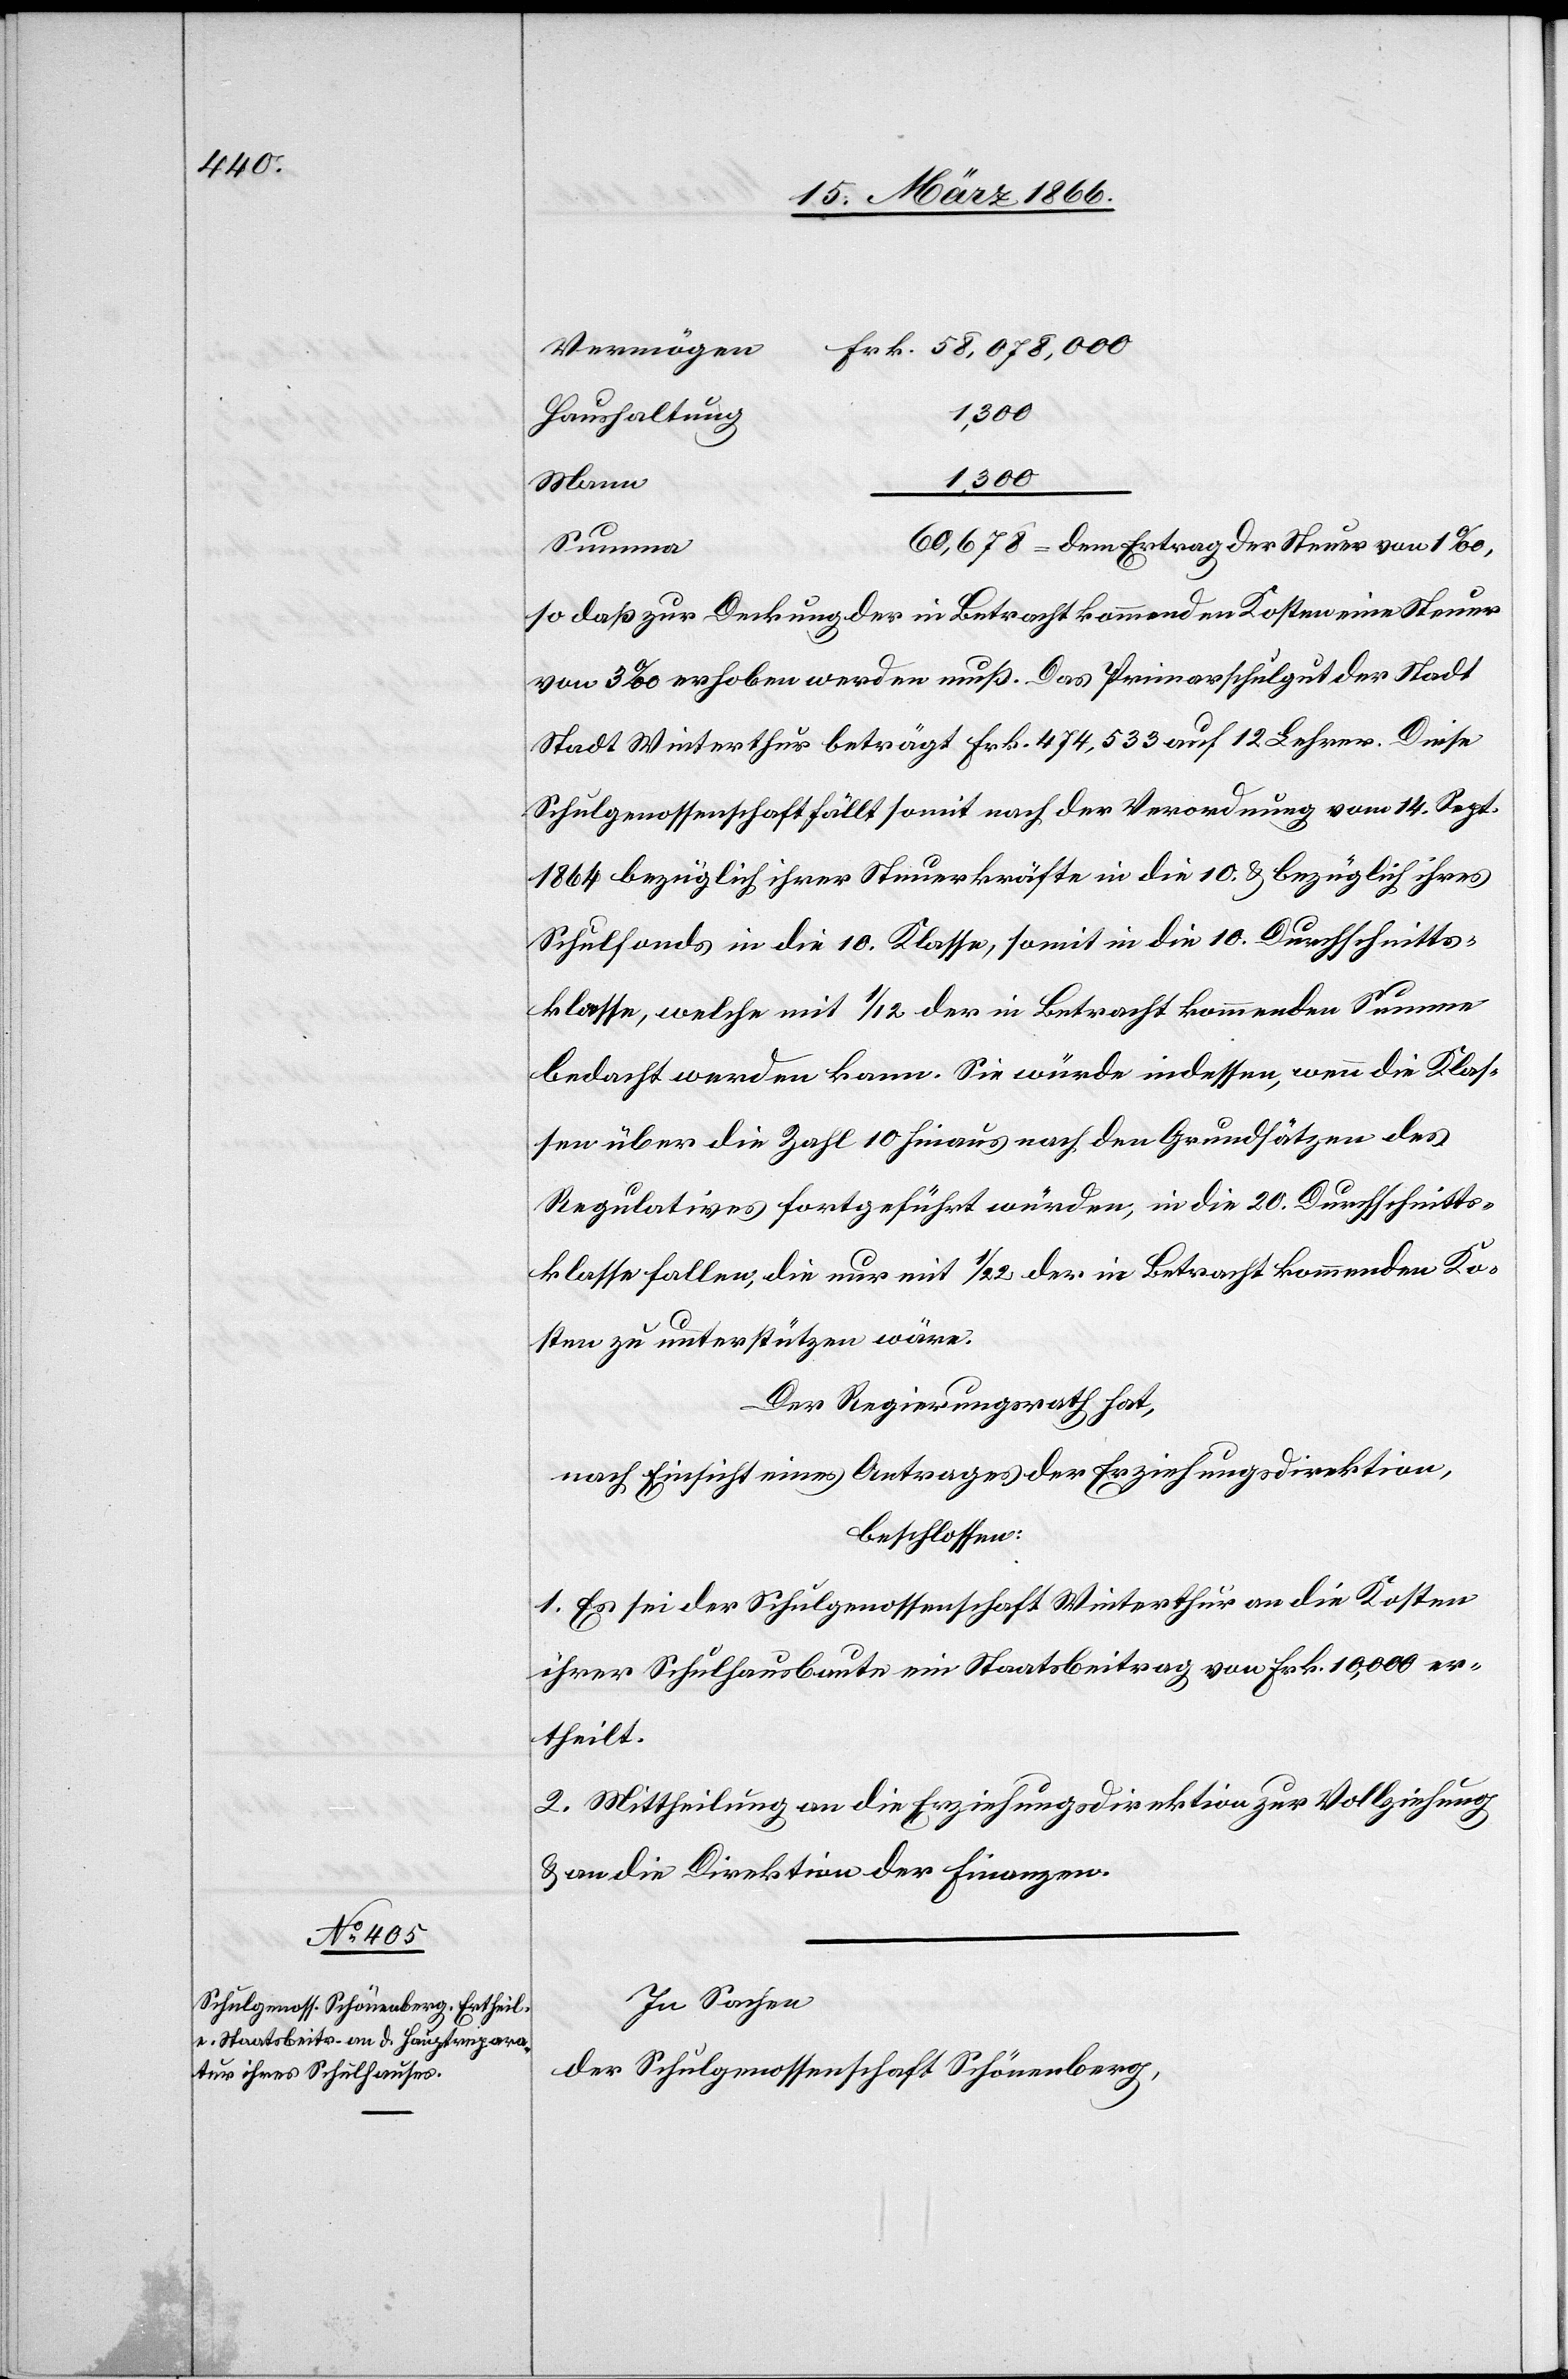
Frk. 58 068 000
Vermögen
1300
Haushaltung
1300
Mann
Summe
so daß zur Deckung der in Betracht kommenden Kosten eine Steuer
von 3 ‰ erhoben werden muß. Das Primarschulgut der Stadt
[sic!] Winterthur beträgt Frk. 474 533 auf 12 Lehrer. Diese
Schulgenossenschaft fällt somit nach der Verordnung vom 14. Sept.
1864 bezüglich ihrer Steuerkräfte in die 10. u. bezüglich ihres
Schulfonds in die 10. Klasse, somit in die 10. Durchschnitts¬
1
klasse, welche mit 1/12 der in Betracht kommenden Summe
bedacht werden kann. Sie würde indessen, wenn die Klas¬
sen über die Zahl 10 hinaus nach den Grundsätzen des
Regulatives fortgesetzt würden, in die 20. Durchschnitts¬
klasse fallen, die nur mit 1/22 der in Betracht kommenden Ko¬
sten zu unterstützen wäre.
Der Regierungsrath hat,
nach Einsicht eines Antrages der Erziehungsdirektion,
beschlossen:
1. Es sei der Schulgenossenschaft Winterthur an Kosten
ihrer Schulhausbaute ein Staatsbeitrag von Frk. 10 000 er¬
theilt.
2. Mittheilung an die Erziehungsdirektion zur Vollziehung
u. an die Direktion der Finanzen.
In Sachen
der Schulgenossenschaft Schönenberg,